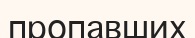
пропавших